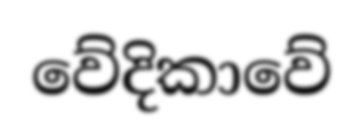
වේදිකාවේ